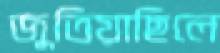
জুতিয়াছিলে